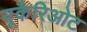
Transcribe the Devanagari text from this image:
यूकैरिओट